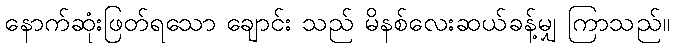
နောက်ဆုံးဖြတ်ရသော ချောင်း သည် မိနစ်လေးဆယ်ခန့်မျှ ကြာသည်။